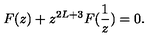
F ( z ) + z ^ { 2 L + 3 } F ( \frac { 1 } { z } ) = 0 .